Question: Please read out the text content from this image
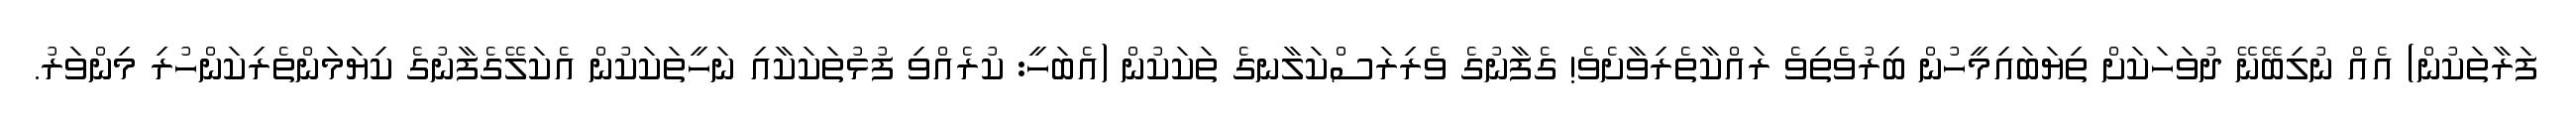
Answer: ފަރާތަކުން) އެއް ނުލިބޭނޭ ދުވަހަކަށް ތިޔަބައިމީހުން ބިރުވެތިވެ ރައްކާތެރިވާށެވެ! ގެފާނުގެ ވެރިރަސްކަލާނގެ ތަކަކުން (އެބަހީ: ކުރެއްވި ފުޅުތަކަކާއި ނަހީތަކަކުން އެކަލޭގެފާނުގެ ކިޔަމަންތެރިކަންހުރި މިންވަރު.